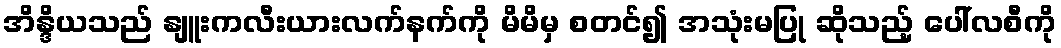
အိန္ဒိယသည် နျူးကလီးယားလက်နက်ကို မိမိမှ စတင်၍ အသုံးမပြု ဆိုသည့် ပေါ်လစီကို